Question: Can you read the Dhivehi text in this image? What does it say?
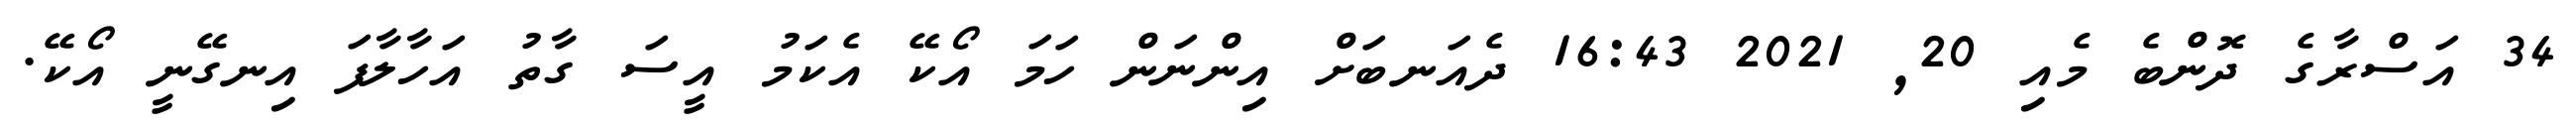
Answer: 34 އަސްރާގެ ދޮންބެ މެއި 20, 2021 16:43 ދެއަނބަށް އިންނަން ހަމަ އޯކޭ އެކަމު އީސަ ގާތު އަހާލާފަ އިނގޭނީ އޯކޭ.